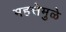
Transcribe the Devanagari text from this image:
महत्तेमुळे